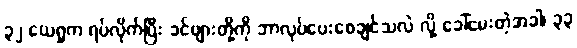
၃၂ ယေရှုက ရပ်လိုက်ပြီး ခင်ဗျားတို့ကို ဘာလုပ်ပေးစေချင်သလဲ လို့ ခေါ်မေးတဲ့အခါ၊ ၃၃